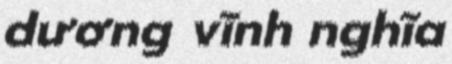
dương vĩnh nghĩa